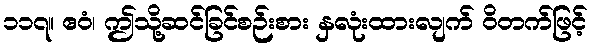
၁၁၇။ ဧဝံ၊ ဤသို့ဆင်ခြင်စဉ်းစား နှလုံးထားလျက် ဝိတက်ဖြင့်